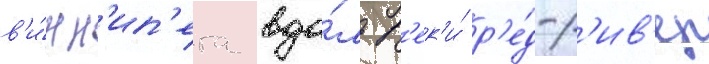
в'и́нн'ип'ега вдо́ль р'ек'и́ р'е́д-р'ив'ер